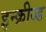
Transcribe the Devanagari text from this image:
इन्क्रीज्ड